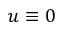
u \equiv 0